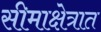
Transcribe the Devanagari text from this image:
सीमाक्षेत्रात